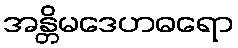
အန္တိမဒေဟဓရော